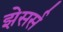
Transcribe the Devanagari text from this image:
झेसर्स